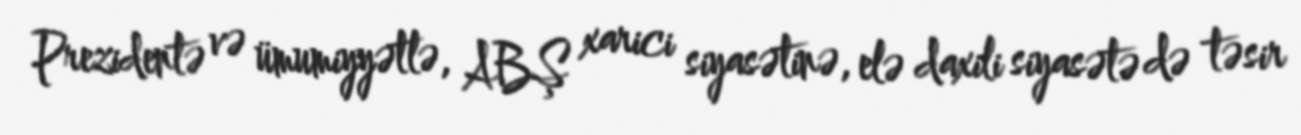
Prezidentə və ümumiyyətlə, ABŞ xarici siyasətinə, elə daxili siyasətə də təsir